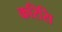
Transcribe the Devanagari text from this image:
करिसि